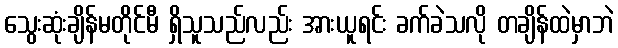
သွေးဆုံးချိန်မတိုင်မီ ရှိသူသည်လည်း အားယူရင်း ခက်ခဲသလို တချိန်ထဲမှာဘဲ